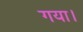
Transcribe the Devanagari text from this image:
गया।